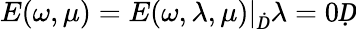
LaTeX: E(\omega,\mu)=\left.E(\omega,\lambda,\mu)\right|_{Ḋ}\lambda=0Ḍ